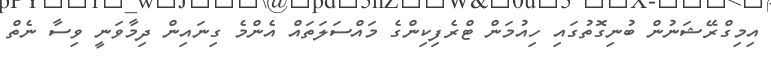
އިމިގްރޭޝަނުން ބުނިގޮތުގައި ހިއުމަން ޓްރެފިކިންގެ މައްސަލަތައް އެންމެ ގިނައިން ދިމާވަނީ ވިސާ ނެތް